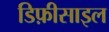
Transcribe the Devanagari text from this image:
डिफ़ीसाइल